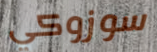
سوزوكي